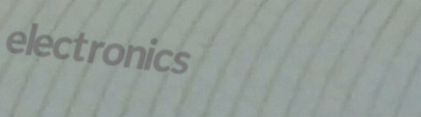
electronics